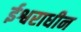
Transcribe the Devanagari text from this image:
ईश्वराधीन